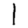
Digit: 1